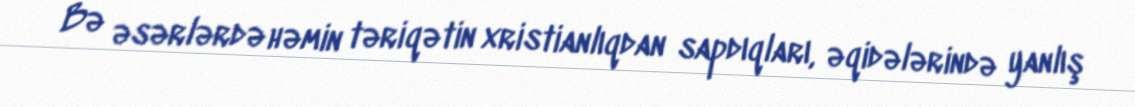
Bə əsərlərdə həmin təriqətin xristianlıqdan sapdıqları, əqidələrində yanlış